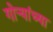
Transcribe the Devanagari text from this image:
गोर्‍यांच्या